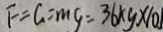
F = G = m g = 3 6 k g \times 1 0 J